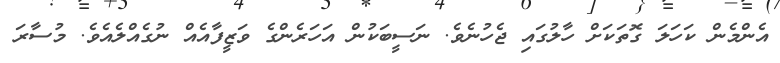
އެންމެން ކަހަލަ ގޮތަކަށް ހާލުގައި ޖެހުނެވެ. ނަސީބަކުން އަހަރެންގެ ވަޒީފާއެއް ނުގެއްލެއެވެ. މުސާރަ